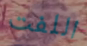
اللفت